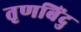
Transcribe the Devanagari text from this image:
तृणबिंदु